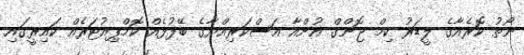
ނޯތު ކޮރެއާގެ ލީޑަރު ކިމް ޖޮންގް އުންއާ އަސްކަރިއްޔާގެ ބޭފުޅެއް ކޮމްޕިއުޓަރެއް ކައިރީގައި